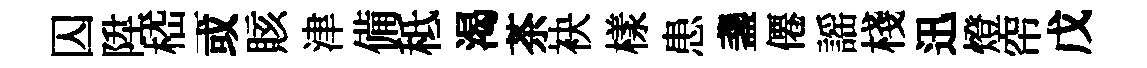
囚陞嵇一或賅津備秪渴茶袂樣患盞僊謡棧迅燈帘戊